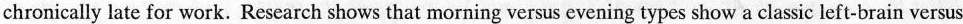
chronically late for work. Research shows that morning versus evening types show a classic left-brain versus